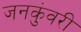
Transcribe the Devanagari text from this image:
जनकुंवरी